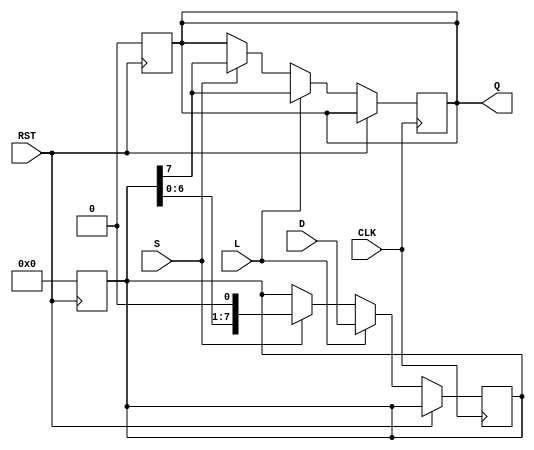
module PISO_Register #(
    parameter N = 8  // Number of bits in the register
)(
    input wire [N-1:0] D,    // Parallel data input
    input wire L,             // Load control signal
    input wire S,             // Shift control signal
    input wire CLK,           // Clock signal
    input wire RST,           // Reset signal
    output reg Q              // Serial output
);

    reg [N-1:0] shift_reg;    // Shift register to hold the data

    // Asynchronous reset
    always @(posedge RST) begin
        shift_reg <= {N{1'b0}}; // Initialize all bits to 0
        Q <= 1'b0;              // Initialize output to 0
    end

    // Main operation block
    always @(posedge CLK) begin
        if (RST) begin
            // Do nothing, already reset
        end else if (L) begin
            // Load data into the shift register
            shift_reg <= D;
            Q <= shift_reg[N-1]; // Output the MSB after loading
        end else if (S) begin
            // Shift operation
            Q <= shift_reg[N-1];  // Output the MSB
            shift_reg <= {shift_reg[N-2:0], 1'b0}; // Shift left
        end
    end

endmodule